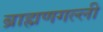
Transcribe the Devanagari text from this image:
ब्राह्मणगल्ली